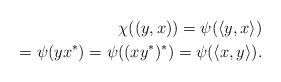
LaTeX: \begin{align*}\chi ((y,x))= \psi(\langle y,x\rangle) \\=\psi(yx^*)=\psi((xy^{*})^*) =\psi(\langle x,y\rangle).\end{align*}